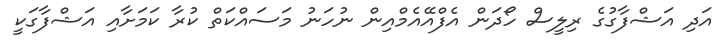
އަދި އަޝްފާގުގެ ރިލީސް ހޯދަން އެފްއޭއެމްއިން ނުހަނު މަސައްކަތް ކުރާ ކަމަށާއި އަޝްފާގަކީ